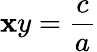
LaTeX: \mathbf{x}y=\frac{{c}}{{a}}